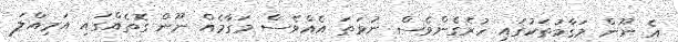
އެ ނޫން މަގާމުތަކުގައި ހުރެގެންވެސް ނުވަތަ އެއްވެސް މަގާމެއް ނޫން ގޮތެއްގައި އަމިއްލަ